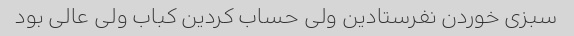
سبزی خوردن نفرستادین ولی حساب کردین کباب ولی عالی بود